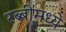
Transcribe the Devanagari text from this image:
रब्बीमध्ये